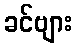
ခင်ဗျား